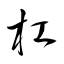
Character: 杠